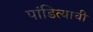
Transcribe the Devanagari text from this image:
पांडित्याची